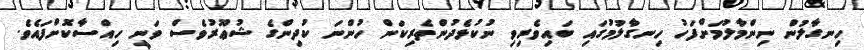
ހިނގާލުން ނިންމާލުމަށްފަހު ހިނގާލުމުގައި ބައިވެރިވި ނުކުޅެދުންތެރިކަން ހުންނަ ކުދިންގެ ޝުޢޫރުވެސް ވަނީ ހިއްސާކޮށްފައެވެ.